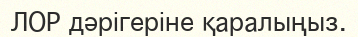
ЛОР дәрігеріне қаралыңыз.